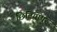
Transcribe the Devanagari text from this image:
छितियापुर